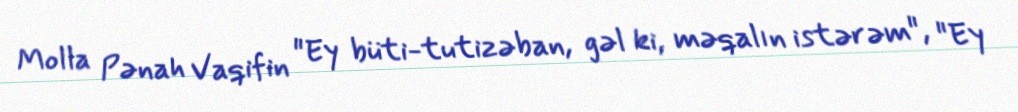
Molla Pənah Vaqifin "Ey büti-tutizəban, gəl ki, məqalın istərəm", "Ey